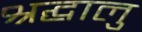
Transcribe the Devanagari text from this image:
श्रद्घालु